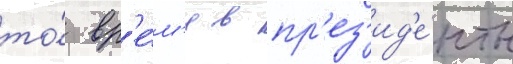
то́ вр'е́м'я в пр'ез'ид'е́нты